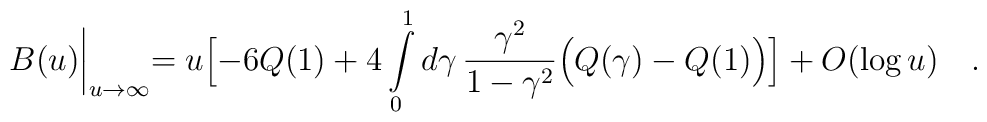
B(u)\biggl |_{u\to\infty}=u\Bigl[-6Q(1)+4\int\limits_0^1d\gamma\,\frac{\gamma^2}{1-\gamma^2}\Bigl(Q(\gamma)-Q(1)\Bigr)\Bigr]+O(\log u)\quad .